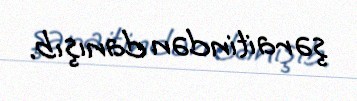
şəraitindən danışıb.